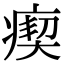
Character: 瘈